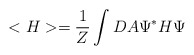
\begin{align*}<H> = \frac{1}{Z}\int DA \Psi^* H \Psi\end{align*}